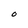
Character: O